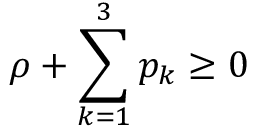
\rho + \sum _ { k = 1 } ^ { 3 } p _ { k } \geq 0